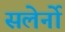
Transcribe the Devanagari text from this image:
सलेर्नो